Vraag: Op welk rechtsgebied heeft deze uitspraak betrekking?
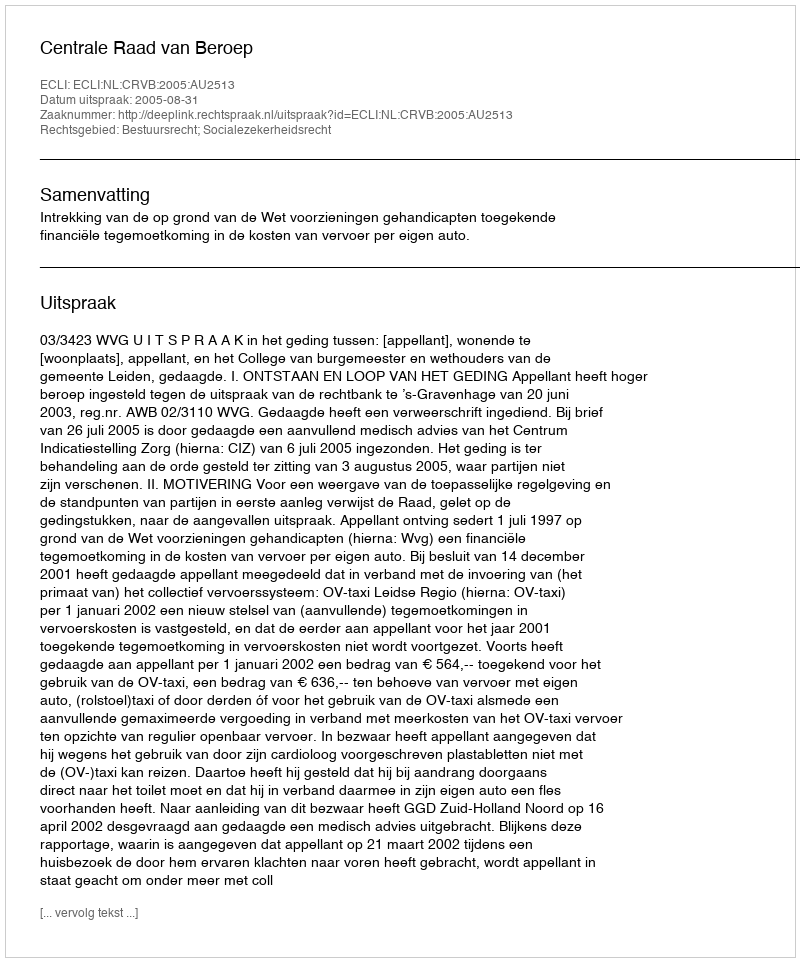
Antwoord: Bestuursrecht; Socialezekerheidsrecht